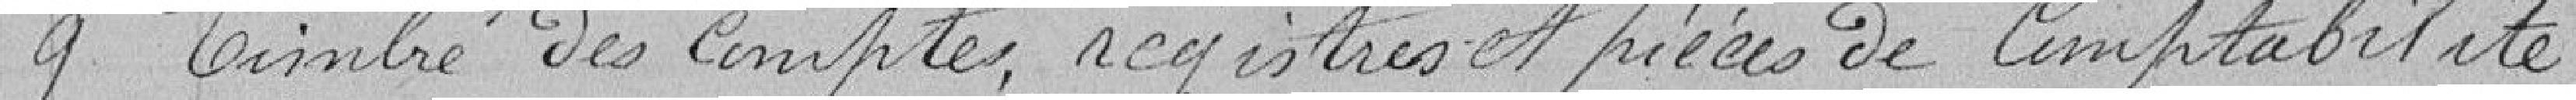
9 Timbre des comptes, registres et pièces de comptabilité